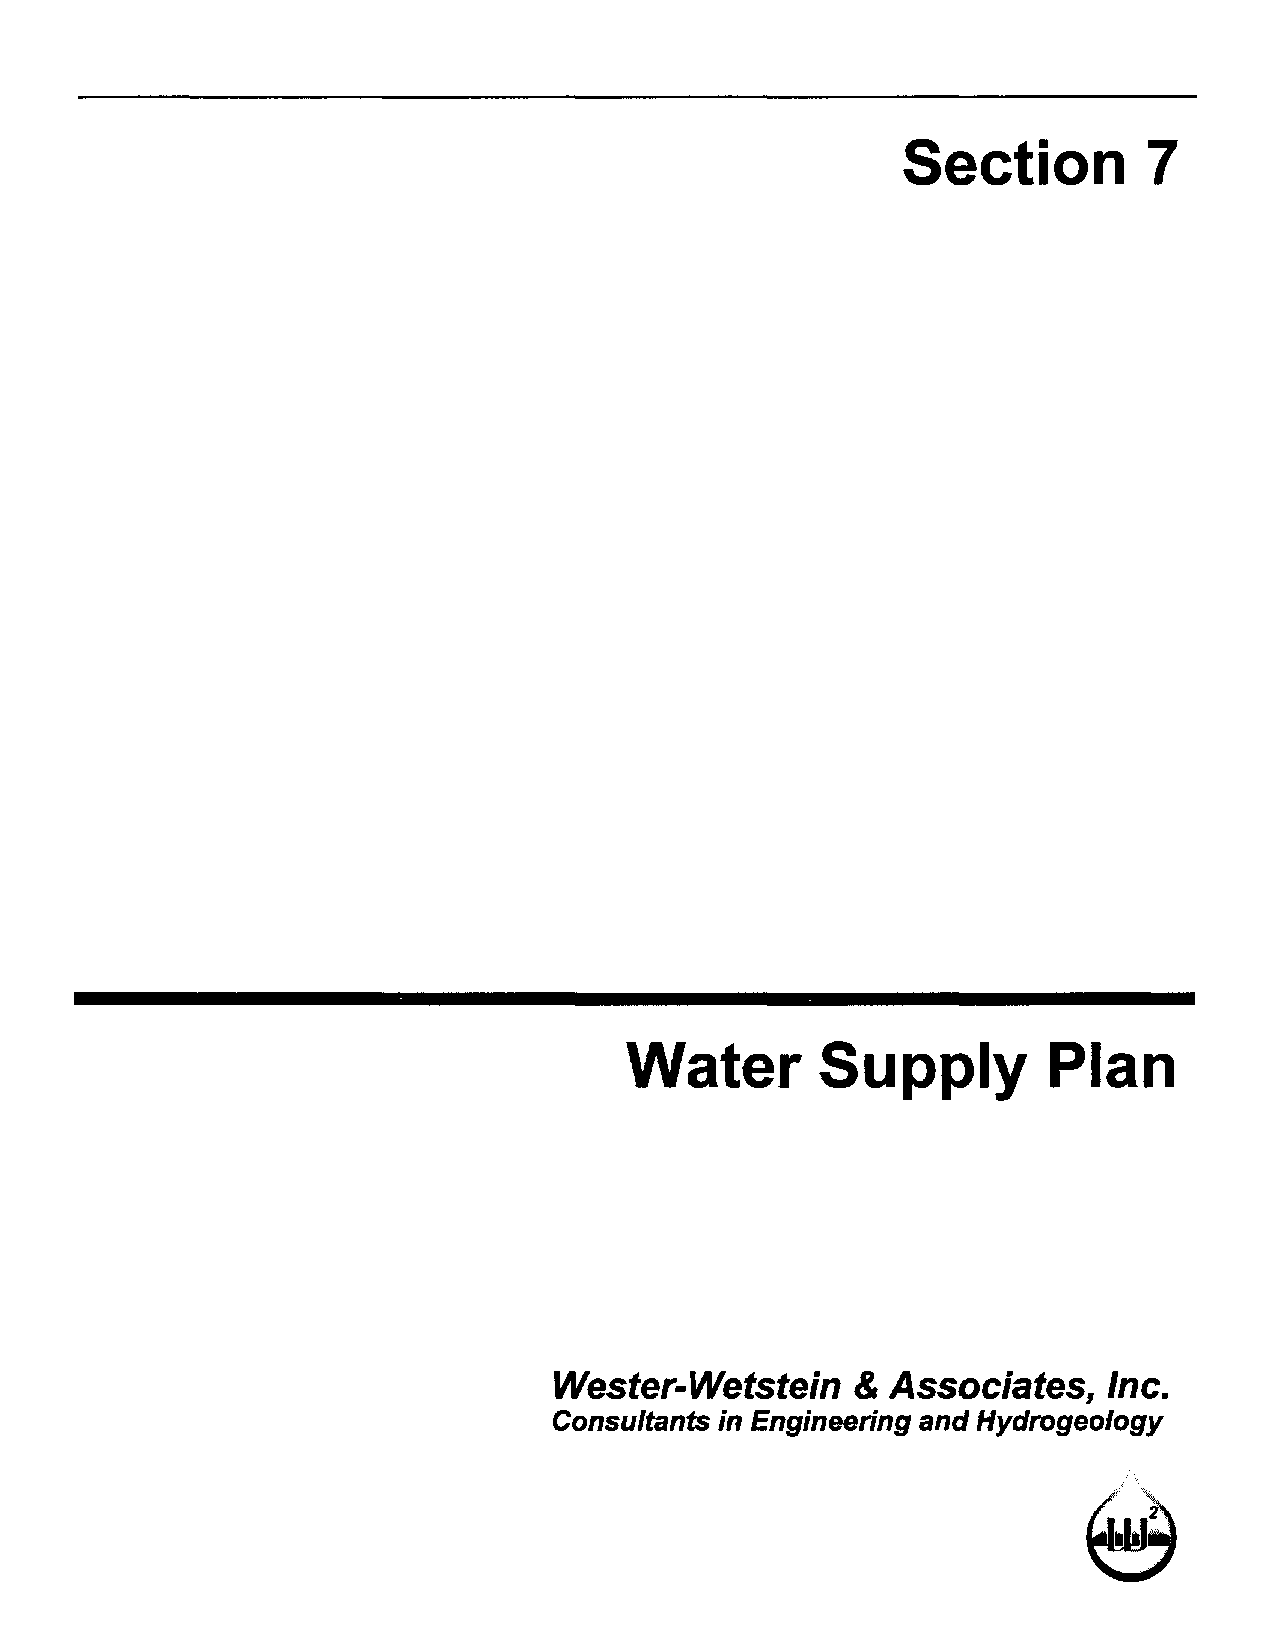
Section         7
 Water       Supply         Plan
 Wester-Wetstein     & Associates,   Inc.
 Consultants in Engineering and Hydrogeology